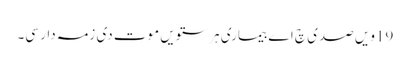
19ویں صدی چ اے بیماری ہر ستویں موت دی زمہ دار سی۔